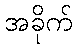
အခိုက်